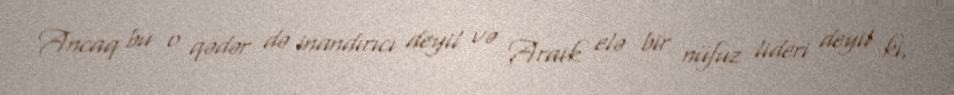
Ancaq bu o qədər də inandırıcı deyil və Araik elə bir nüfuz lideri deyil ki,